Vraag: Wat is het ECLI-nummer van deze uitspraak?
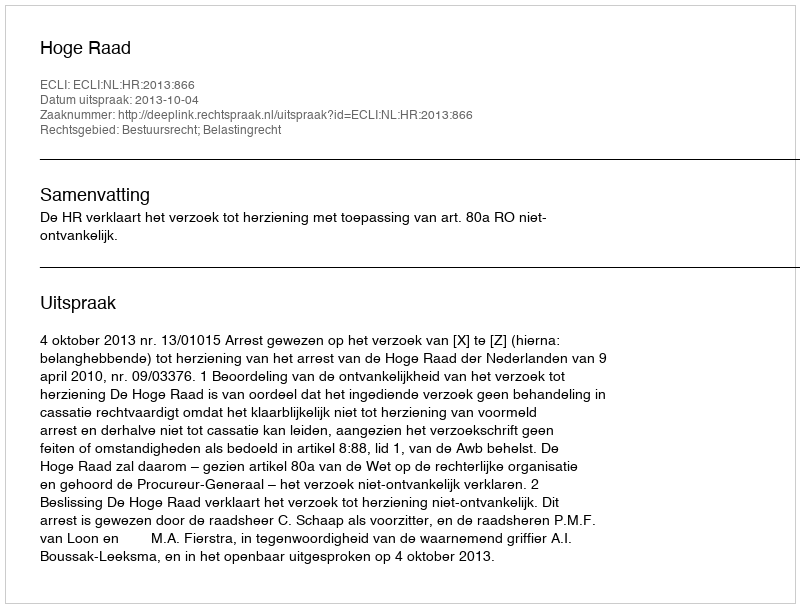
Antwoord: ECLI:NL:HR:2013:866